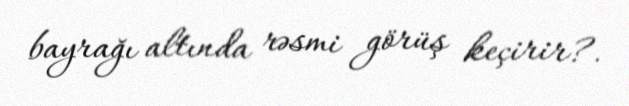
bayrağı altında rəsmi görüş keçirir?.